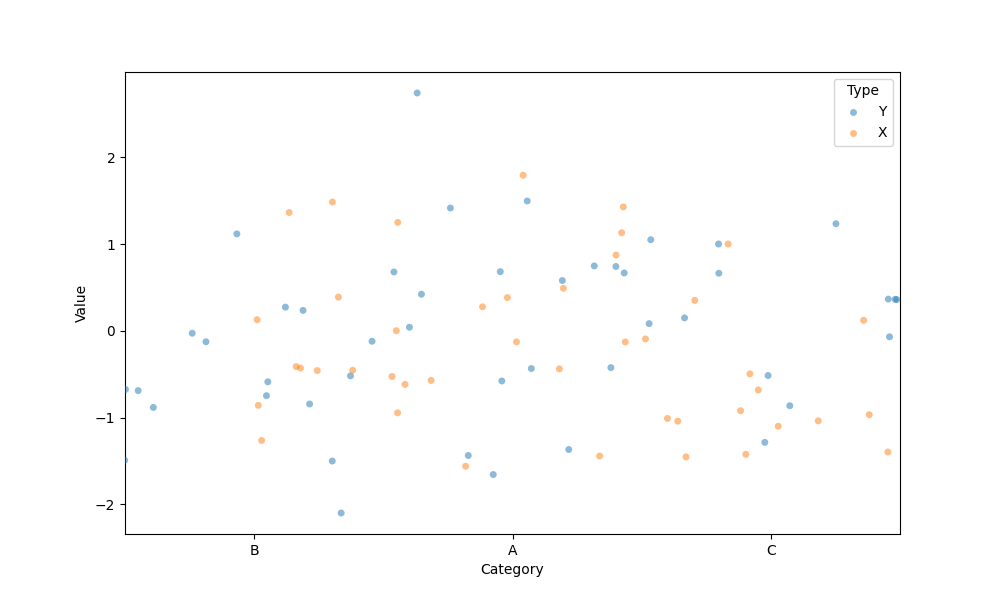
python, seaborn, stripplot, jitter=True, dodge=False, alpha=0.5, size=5